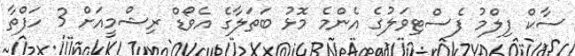
ސާކް ފިލްމު ފެސްޓިވަލުގެ އެންމެ މޮޅު ބަތަލާގެ އެވޯޑް ރިޝްމީއަށް 3 ހަފްތާ